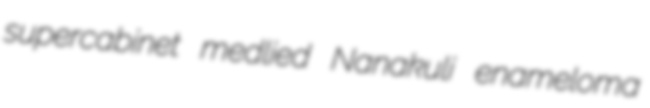
supercabinet medlied Nanakuli enameloma